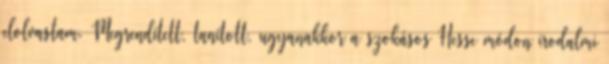
elolvastam. Megrendített, tanított, ugyanakkor a szokásos Hesse módon irodalmi